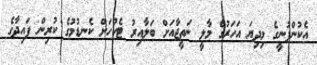
އެކުންފުނީގެ މިދިޔަ އަހަރުގެ މާލީ ނަތީޖާއަށް ބަލާއިރު ޓެކުހަށް ކެނޑުމުގެ ކުރިން ފައިދާގެ